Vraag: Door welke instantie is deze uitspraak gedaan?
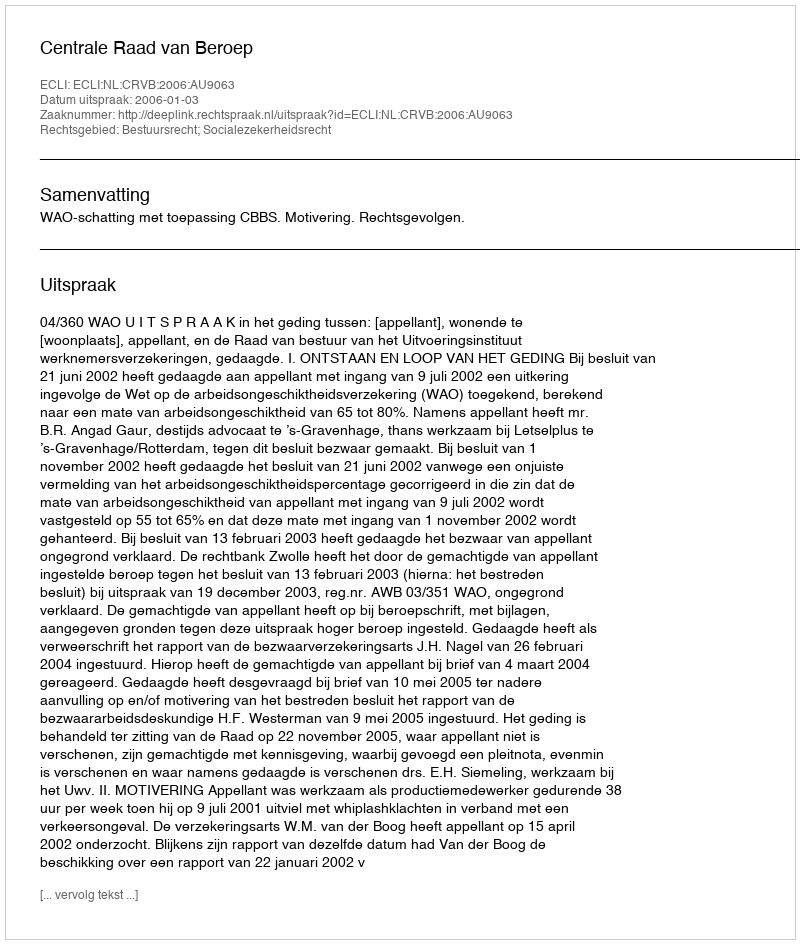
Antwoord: Centrale Raad van Beroep